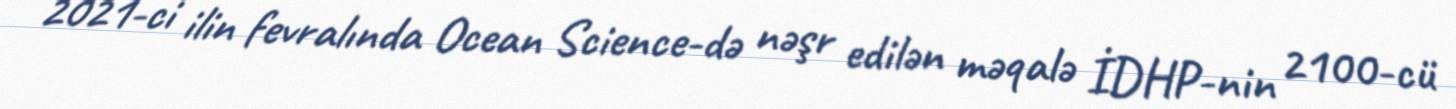
2021-ci ilin fevralında Ocean Science-də nəşr edilən məqalə İDHP-nin 2100-cü